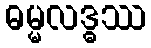
ဓမ္မလဒ္ဓဿ